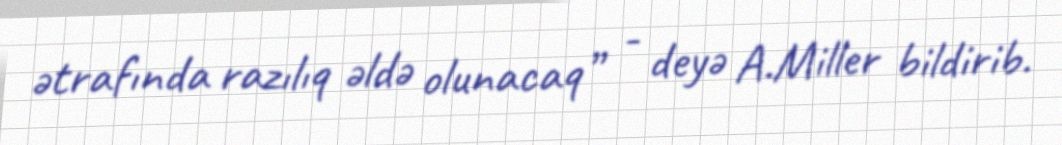
ətrafında razılıq əldə olunacaq” - deyə A.Miller bildirib.